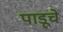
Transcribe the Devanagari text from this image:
पाडूचे